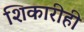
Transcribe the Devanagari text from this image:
शिकारीही